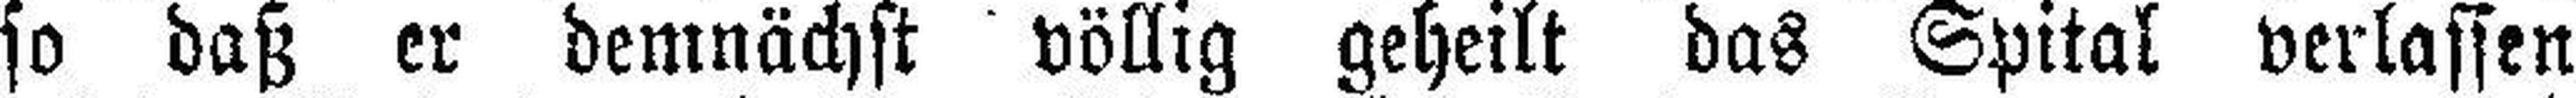
so daß er demnächst völlig geheilt das Spital verlassen